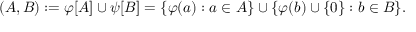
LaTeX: ( A , B ) : = \varphi [ A ] \cup \psi [ B ] = \{ \varphi ( a ) : a \in A \} \cup \{ \varphi ( b ) \cup \{ 0 \} : b \in B \} .